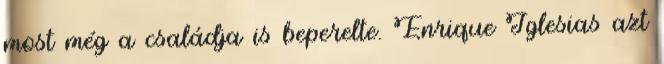
most még a családja is beperelte. Enrique Iglesias azt